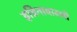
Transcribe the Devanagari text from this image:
इन्निनावाल्ली